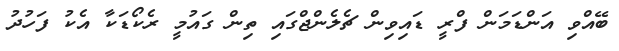
ބޭއްވި އަންޑަމަން ފްރީ ޑައިވިން ޗެލެންޖްގައި ތިން ގައުމީ ރެކޯޑަކާ އެކު ފަހުދު